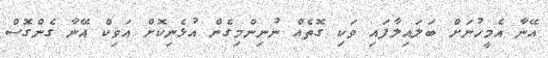
އޭނާ އެމީހުނަށް ބަލައިލާފައި ވަކި ގޮތެއް ނުނިންމިގެން އުޅެނިކޮށް އަވިކް އޭނާ ގެންގޮސް